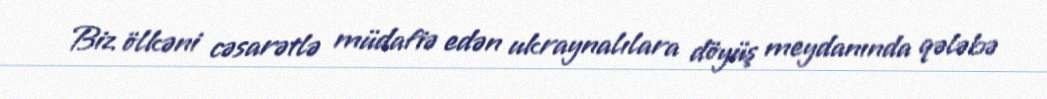
Biz ölkəni cəsarətlə müdafiə edən ukraynalılara döyüş meydanında qələbə